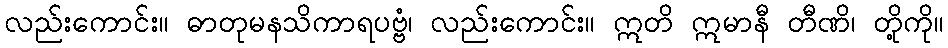
လည်းကောင်း။ ဓာတုမနသိကာရပဗ္ဗံ၊ လည်းကောင်း။ ဣတိ ဣမာနီ တီဏိ၊ တို့ကို။